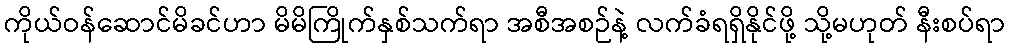
ကိုယ်ဝန်ဆောင်မိခင်ဟာ မိမိကြိုက်နှစ်သက်ရာ အစီအစဉ်နဲ့ လက်ခံရရှိနိုင်ဖို့ သို့မဟုတ် နီးစပ်ရာ